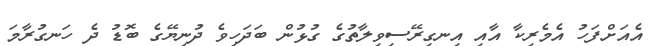
އެއަށްފަހު އެމެރިކާ އާއި އިނގިރޭސިވިލާތުގެ ގުޅުން ބަދަހިވެ ދުނިޔޭގެ ބޮޑު ދެ ހަނގުރާމަ